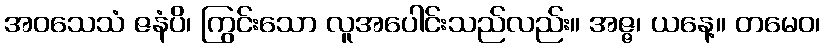
အဝသေသံ ဇနံပိ၊ ကြွင်းသော လူအပေါင်းသည်လည်း။ အဇ္ဇ၊ ယနေ့။ တမေဝ၊